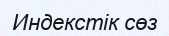
Индекстік сөз